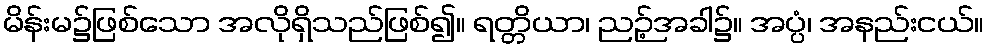
မိန်းမ၌ဖြစ်သော အလိုရှိသည်ဖြစ်၍။ ရတ္တိယာ၊ ညဉ့်အခါ၌။ အပ္ပံ၊ အနည်းငယ်။